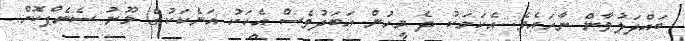
ބައްދަލުވާން ނާހައެވެ. އެކަމަކު ދެ މީހުން އަބަދުވެސް އެކަކު އަނެކަކުގެ މޫނު ސެނެޕްކޮށް